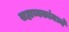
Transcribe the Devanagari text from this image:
सहाय्यकांमध्ये